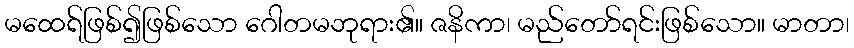
မထေရ်ဖြစ်၍ဖြစ်သော ဂေါတမဘုရား၏။ ဇနိကာ၊ မည်တော်ရင်းဖြစ်သော။ မာတာ၊